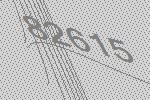
82615